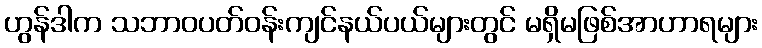
ဟွန်ဒါက သဘာဝပတ်ဝန်းကျင်နယ်ပယ်များတွင် မရှိမဖြစ်အာဟာရများ